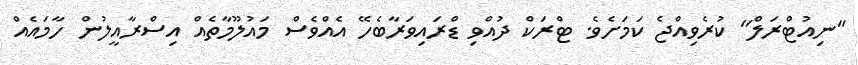
"ނިއުޓްރަލް" ކުރެވިއްޖެ ކަމަށެވެ. ޓްރަކް ދުއްވި ޑްރައިވަރާބެހޭ އެއްވެސް މައުލޫމާތެއް އިސްރާއީލުން ހާމައެއް